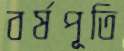
বর্ষপূতি